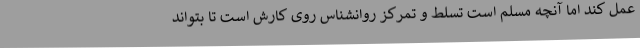
عمل کند اما آنچه مسلم است تسلط و تمرکز روانشناس روی کارش است تا بتواند